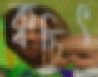
ক্বচিৎ